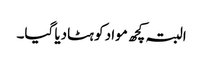
البتہ کچھ مواد کو ہٹادیا گیا۔